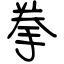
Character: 拳